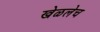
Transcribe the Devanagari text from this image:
खेळलेच